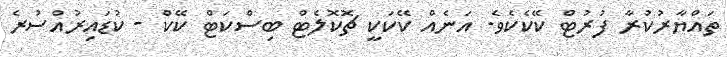
ތައްޔާރުކުރާ ފުރުޓް ކޭކެކެވެ. އަނެއް ކޭކަކީ ޗޮކޮލެޓް ބިސްކަޓް ކޭކް - ކުޑައިރުއްސުރެ